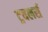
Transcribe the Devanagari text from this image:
ट्रवलर्स